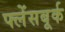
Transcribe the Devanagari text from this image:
फ्लेंसबूर्क